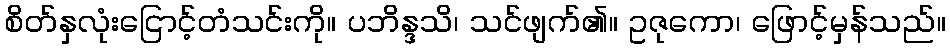
စိတ်နှလုံးငြောင့်တံသင်းကို။ ပဘိန္ဒသိ၊ သင်ဖျက်၏။ ဥဇုကော၊ ဖြောင့်မှန်သည်။